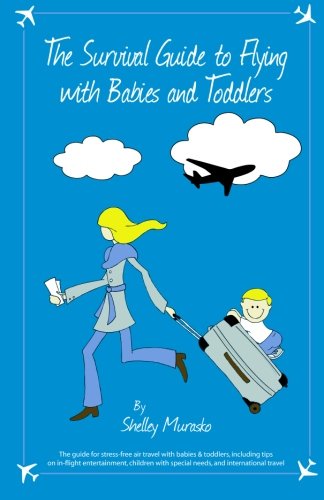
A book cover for The Survival Guide to Flying with Babies and Toddlers: The guide to stress-free air travel with babies & toddlers, including tips on in-flight ... with special needs, and international travel; Shelley Murasko; Travel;